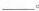
___。